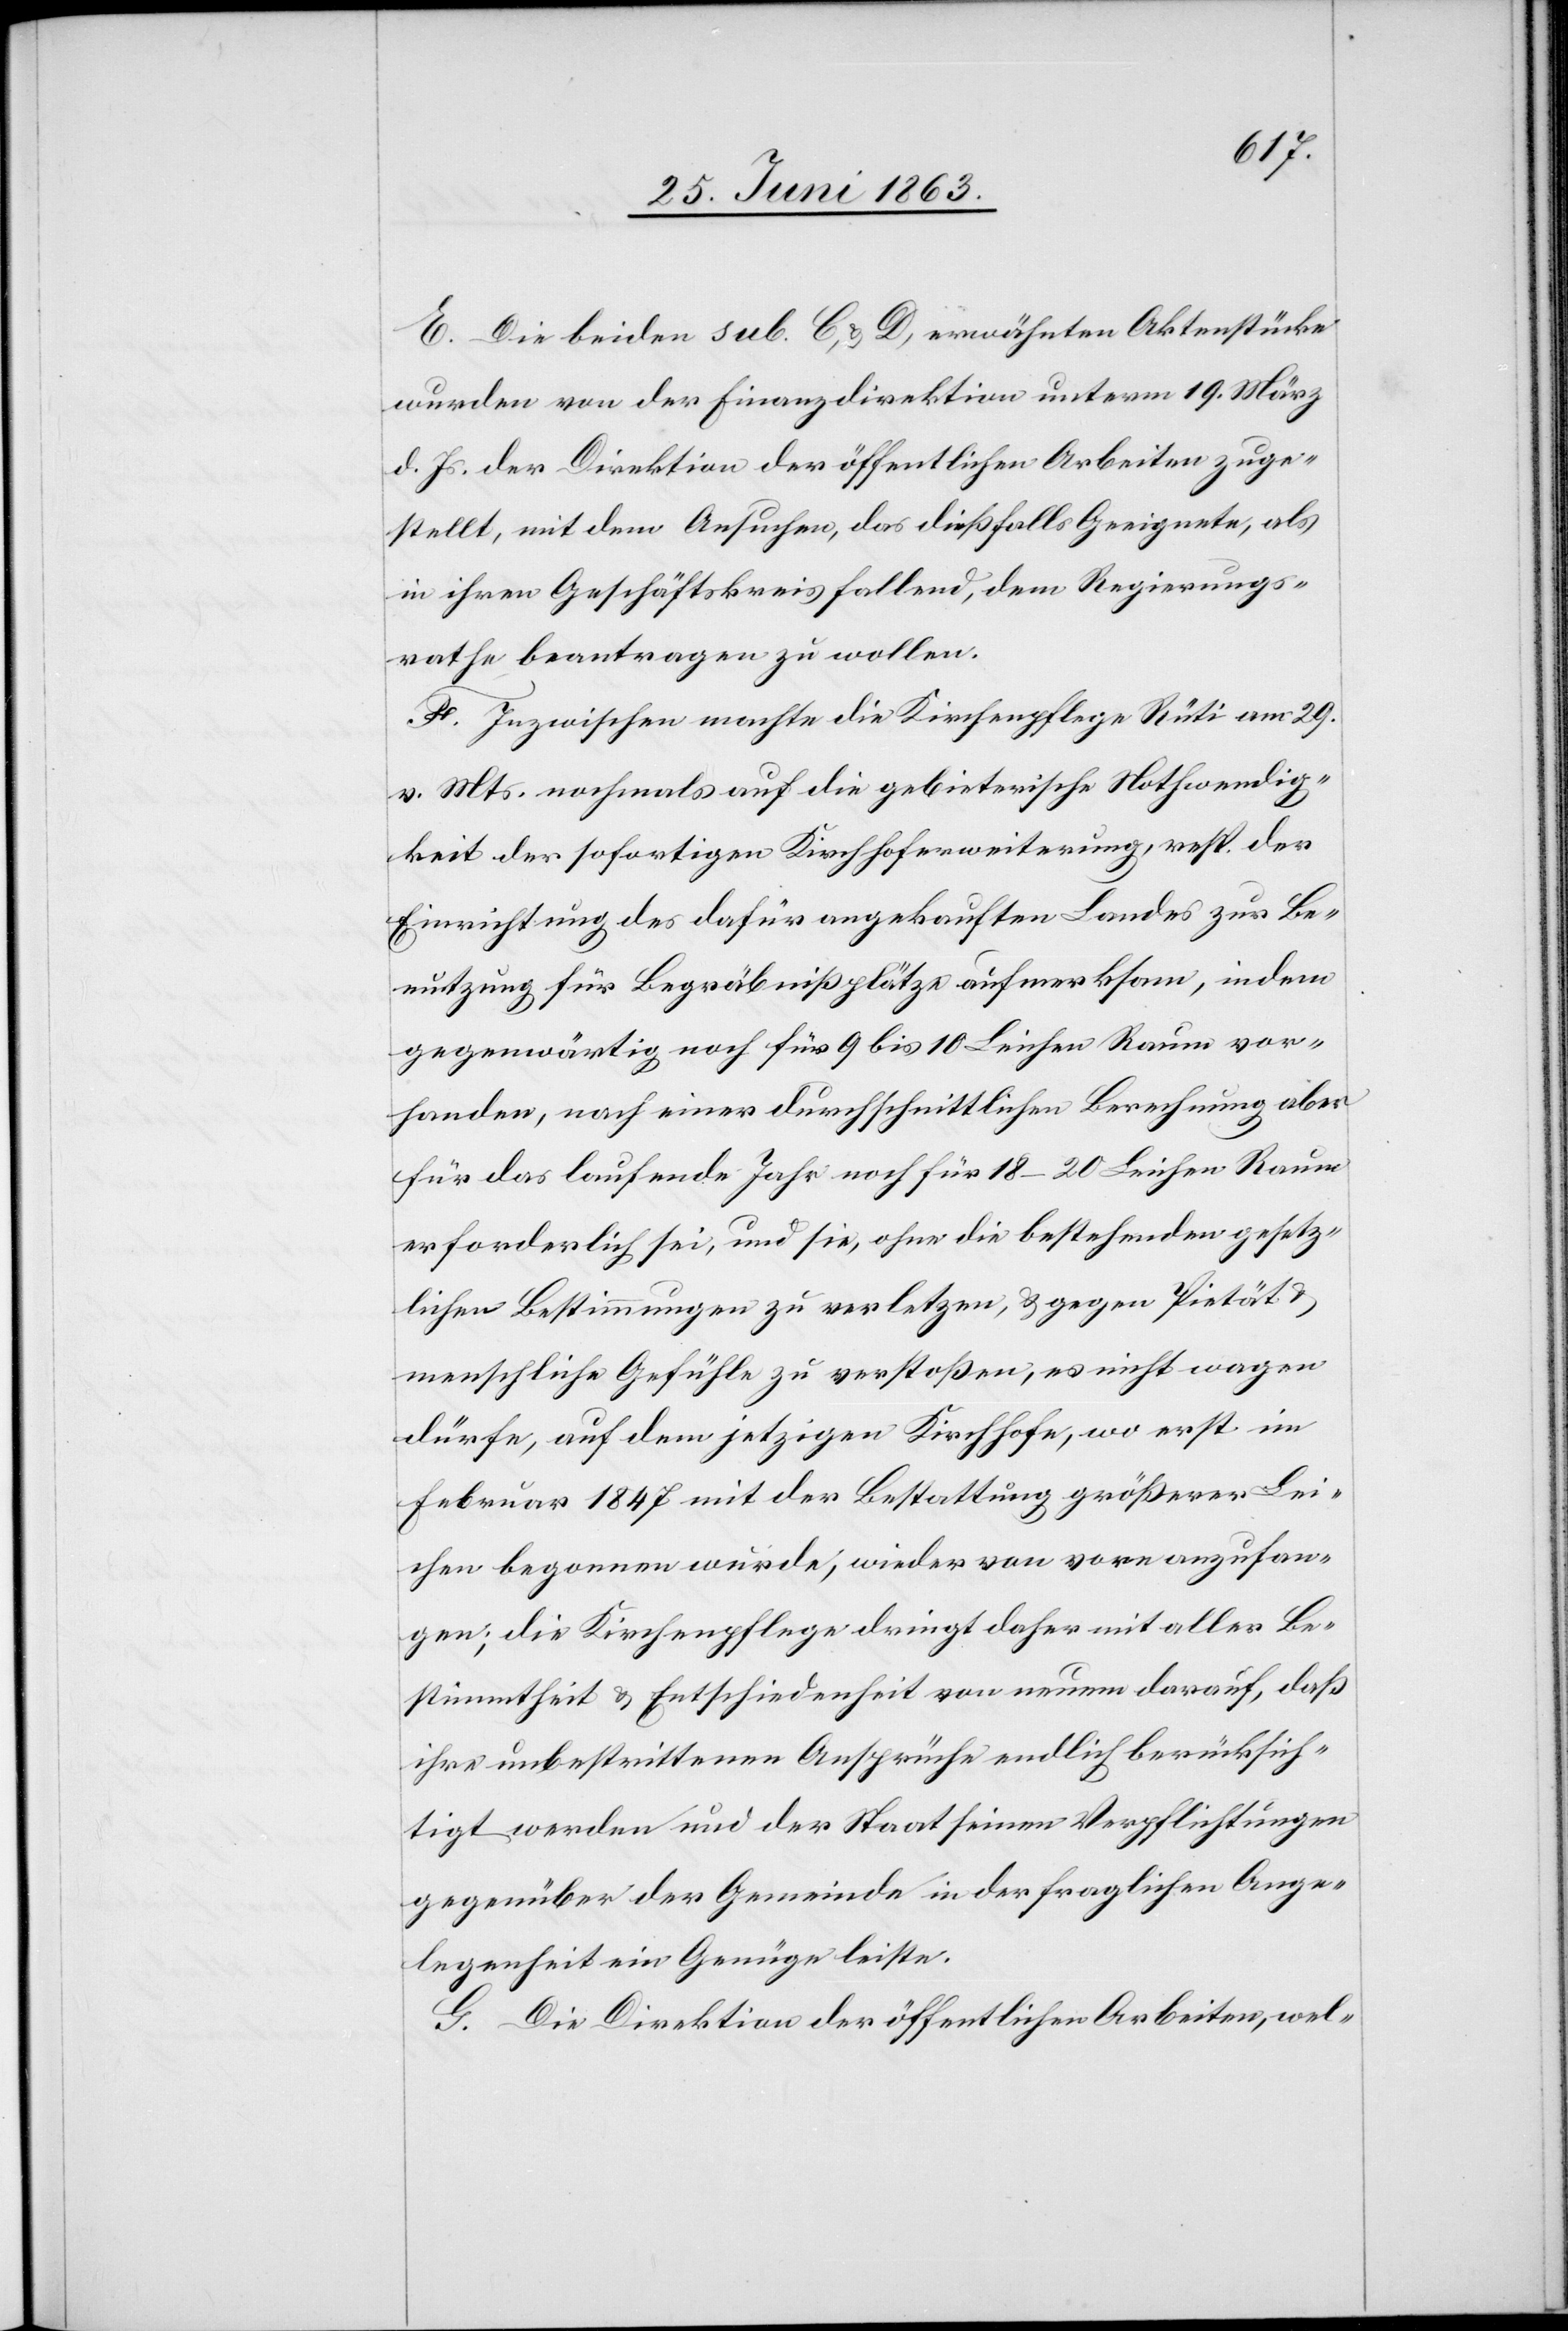
E. Die beiden sub. C, & D, erwähnten Aktenstücke
wurden von der Finanzdirektion unterm 19. März
d. Js. der Direktion der öffentlichen Arbeiten zuge¬
stellt, mit dem Ansuchen, das dießfalls Geeignete, als
in ihren Geschäftskreis fallend, dem Regierungs¬
rathe beantragen zu wollen.
F. Inzwischen machte die Kirchenpflege Rüti am 29.
v. Mts. nochmals auf die gebieterische Nothwendig¬
keit der sofortigen Kirchhoferweiterung, resp. der
Einrichtung des dafür angekauften Landes zur Be¬
nutzung für Begräbnißplätze aufmerksam, indem
gegenwärtig noch für 9 bis 10 Leichen Raum vor¬
handen, nach einer durchschnittlichen Berechnung aber
für das laufende Jahr noch für 18–20 Leichen Raum
erforderlich sei, und sie, ohne die bestehenden gesetz¬
lichen Bestimmungen zu verletzen, & gegen Pietät &
menschliche Gefühle zu verstoßen, es nicht wagen
dürfe, auf dem jetzigen Kirchhofe, wo erst im
Februar 1847 mit der Bestattung größerer Lei¬
chen begonnen wurde, wieder von vorn anzufan¬
gen; die Kirchenpflege dringt daher mit aller Be¬
stimmtheit & Entschiedenheit von neuem darauf, daß
ihre unbestrittenen Ansprüche endlich berücksich¬
tigt werden und der Staat seinen Verpflichtungen
gegenüber der Gemeinde in der fraglichen Ange¬
legenheit Genüge leiste.
G. Die Direktion der öffentlichen Arbeiten, wel-